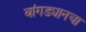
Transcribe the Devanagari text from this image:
बांगड्यानचा